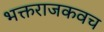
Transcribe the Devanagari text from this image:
भक्तराजकवच